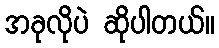
အခုလိုပဲ ဆိုပါတယ်။